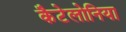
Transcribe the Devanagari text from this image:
कैटेलोनिया